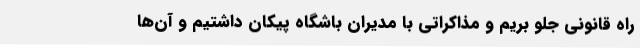
راه قانونی جلو بریم و مذاکراتی با مدیران باشگاه پیکان داشتیم و آن‌ها